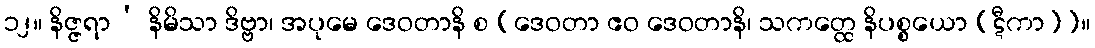
၁၂။ နိဇ္ဇရာ’ နိမိသာ ဒိဗ္ဗာ၊ အပုမေ ဒေဝတာနိ စ [ဒေဝတာ ဧဝ ဒေဝတာနိ၊ သကတ္ထေ နိပစ္စယော (ဋီကာ)]။